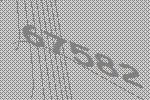
67582